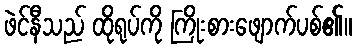
ဖဲင်နီသည် ထိုရုပ်ကို ကြိုးစားဖျောက်ပစ်၏။